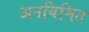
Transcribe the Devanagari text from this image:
अनयिमित